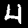
Digit: 4